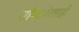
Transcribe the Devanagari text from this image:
सॉफ्टवेरलाही